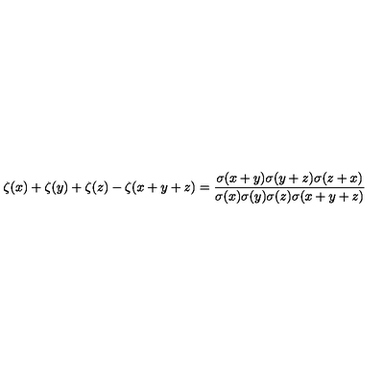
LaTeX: \zeta ( x ) + \zeta ( y ) + \zeta ( z ) - \zeta ( x + y + z ) = { \frac { \sigma ( x + y ) \sigma ( y + z ) \sigma ( z + x ) } { \sigma ( x ) \sigma ( y ) \sigma ( z ) \sigma ( x + y + z ) } }